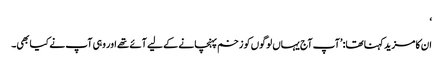
‘
ان کا مزید کہنا تھا: ’آپ آج یہاں لوگوں کو زخم پہنچانے کے لیے آئے تھے اور وہی آپ نے کیا بھی۔